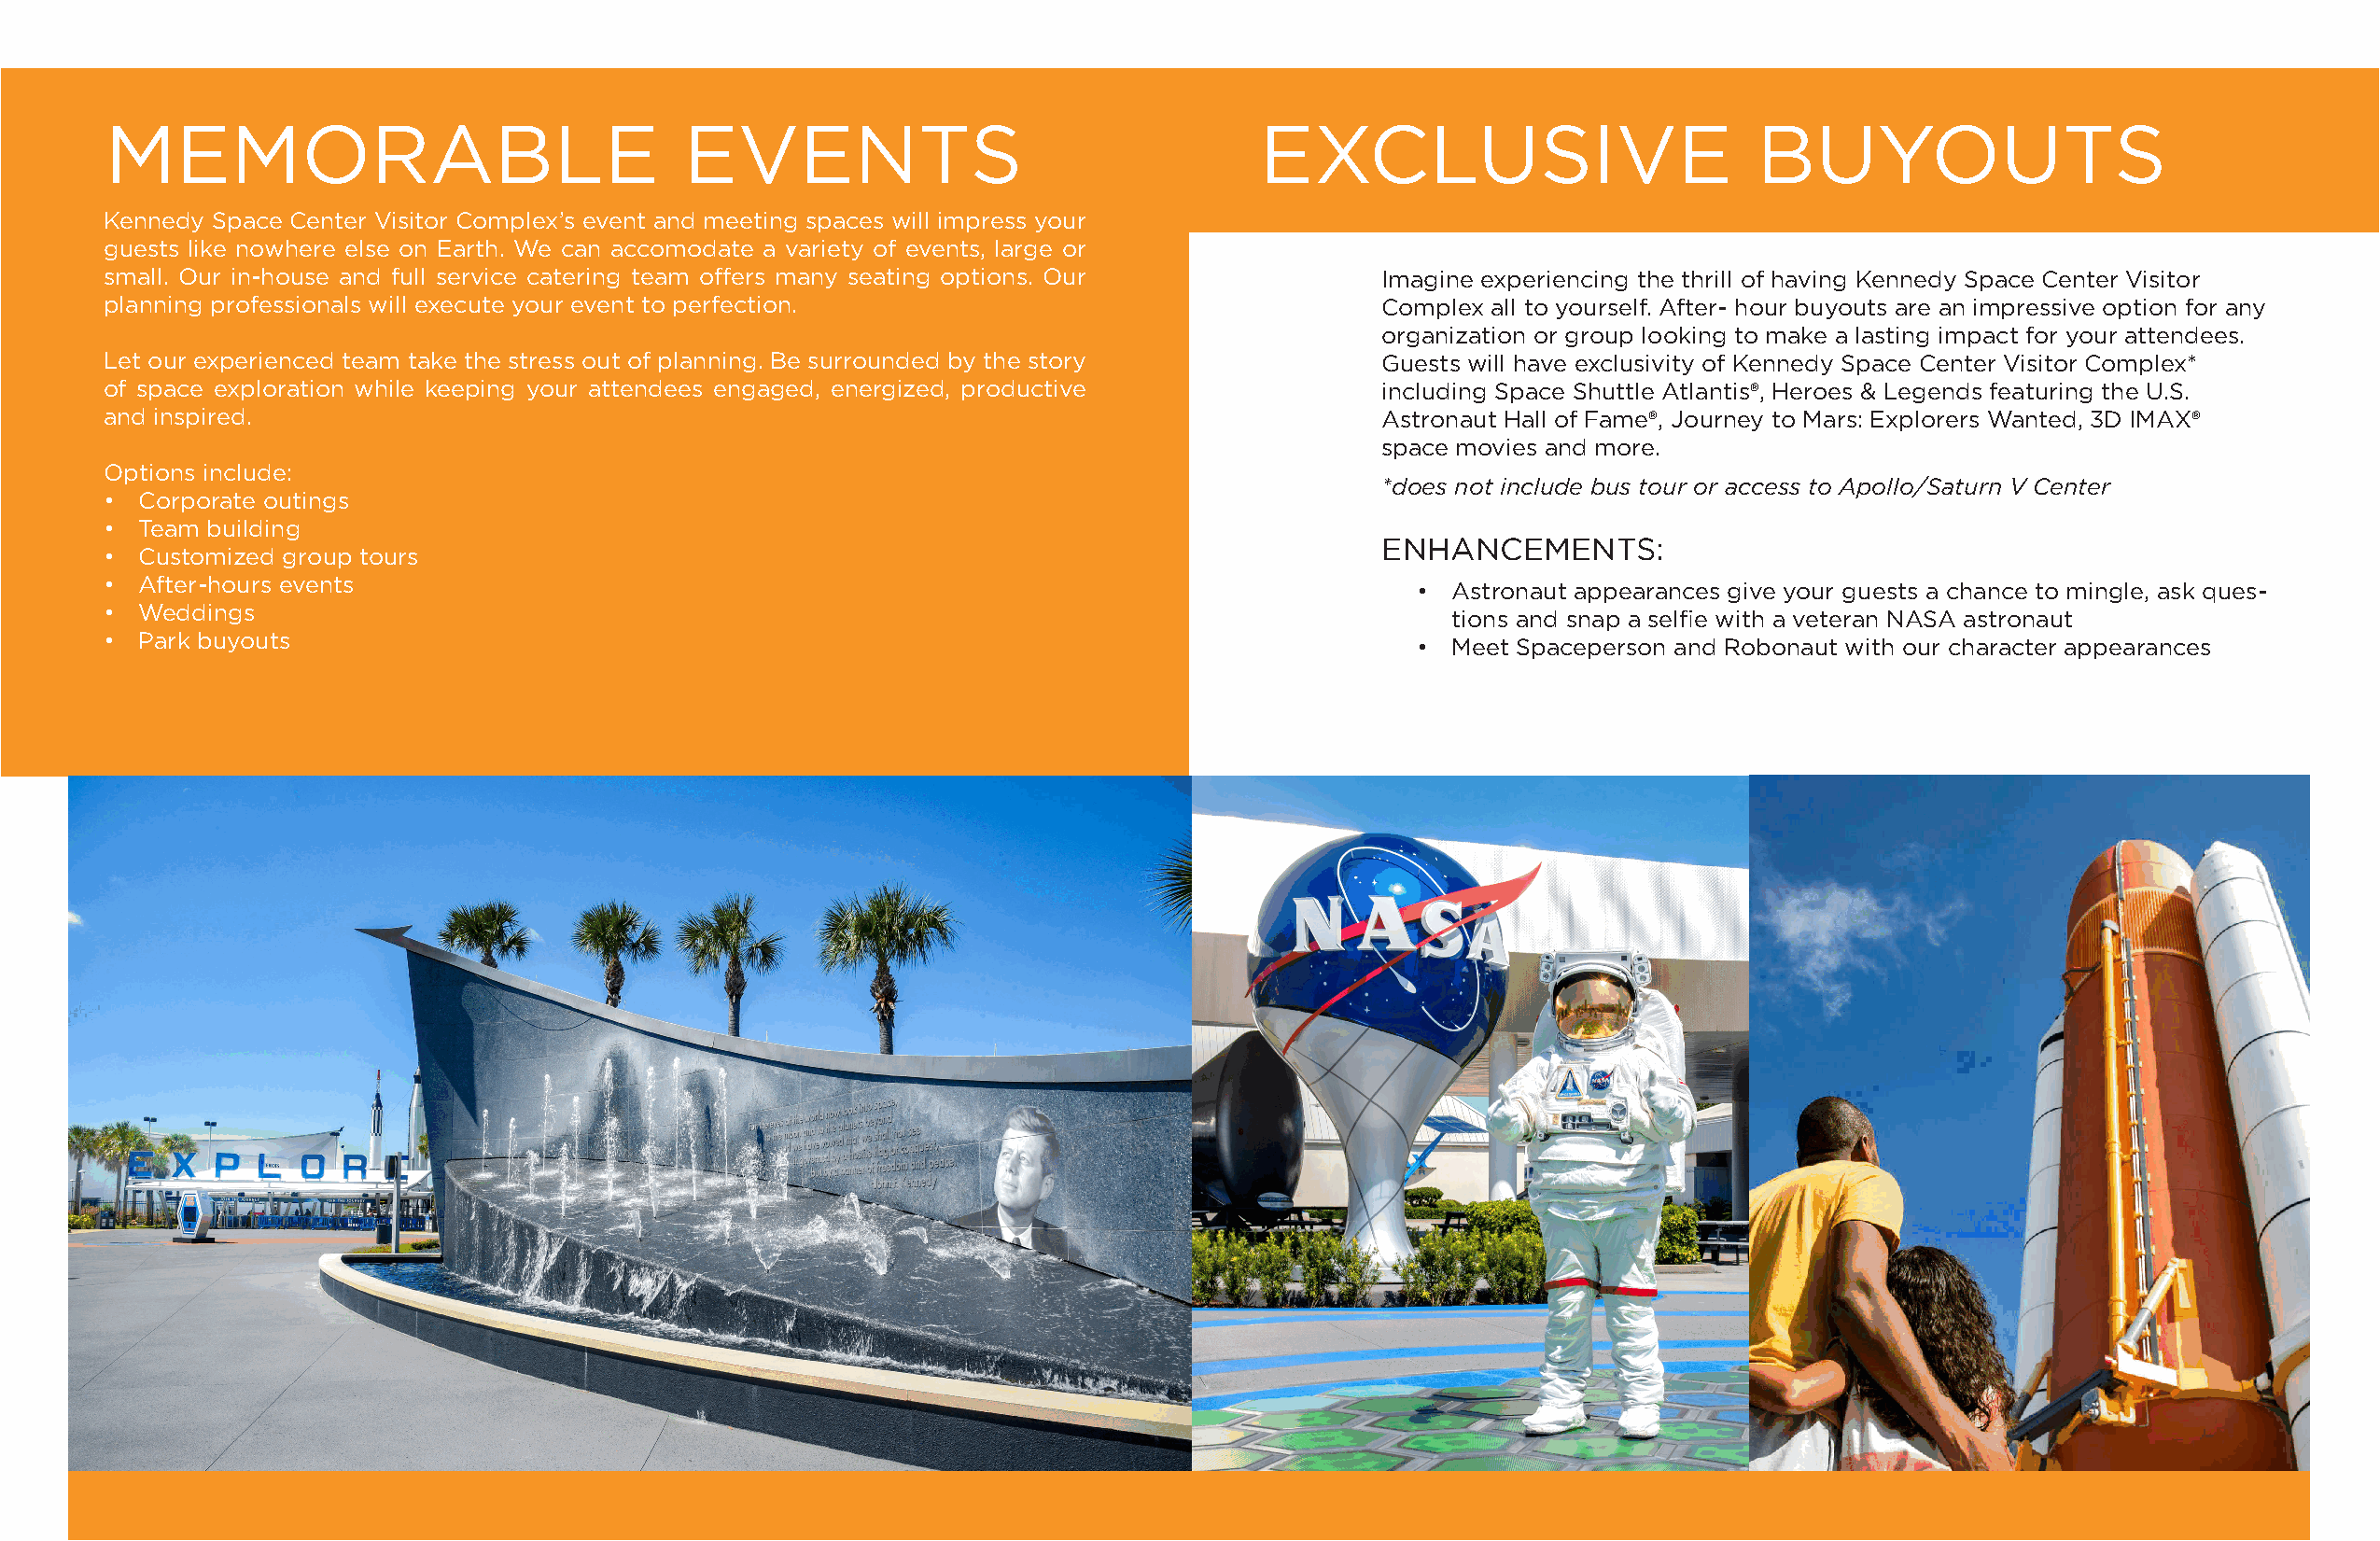
MEMORABLE                                EVENTS                                   EXCLUSIVE                           BUYOUTS
 Kennedy Space Center Visitor Complex’s event and meeting spaces will impress your
 guests like nowhere else on Earth. We can accomodate a variety of events, large or
 small. Our in-house and full service catering team offers many seating options. Our        Imagine experiencing the thrill of having Kennedy Space Center Visitor
 planning professionals will execute your event to perfection.                              Complex all to yourself. After- hour buyouts are an impressive option for any
 organization or group looking to make a lasting impact for your attendees.
 Let our experienced team take the stress out of planning. Be surrounded by the story       Guests will have exclusivity of Kennedy Space Center Visitor Complex*
 of space exploration while keeping your attendees engaged, energized, productive           including Space Shuttle Atlantis®, Heroes & Legends featuring the U.S.
 and inspired.                                                                              Astronaut Hall of Fame®, Journey to Mars: Explorers Wanted, 3D IMAX®
 space movies and more.
 Options include:
 *does not include bus tour or access to Apollo/Saturn V Center
 •  Corporate outings
 •  Team building
 ENHANCEMENTS:
 •  Customized group tours
 •  After-hours events
 • Astronaut appearances give your guests a chance to mingle, ask ques-
 •  Weddings
 tions and snap a selfie with a veteran NASA astronaut
 •  Park buyouts
 • Meet Spaceperson and Robonaut with our character appearances